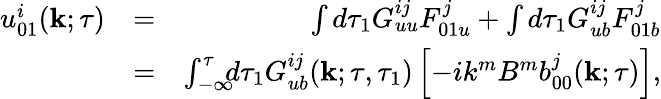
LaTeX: \begin{array}{rlr}{u_{01}^{i}({\mathbf{k}};\tau)}&{=}&{\int d\tau_{1}G_{uu}^{ij}F_{01u}^{j}+\int d\tau_{1}G_{ub}^{ij}F_{01b}^{j}}\\ &{=}&{\int_{-\infty}^{\tau}\! \! \! d\tau_{1}G_{ub}^{ij}({\mathbf{k}};\tau,\tau_{1})\left[{-ik^{m}B^{m}b_{00}^{j}({\mathbf{k}};\tau)}\right],}\end{array}